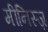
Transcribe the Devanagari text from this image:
मीनिस्ज़